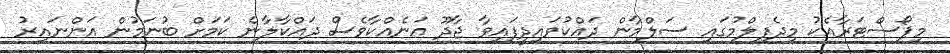
މިޕޯސްޓަރާއެކު މިދެފިލްމުގައި ސަލްމާން ދައްކުވައިދީފައިވާ ޖާދޫ އަނެއްކާވެސް ދައްކާލާނެ ކަމަށް ބުނަމުން އަންނައިރު